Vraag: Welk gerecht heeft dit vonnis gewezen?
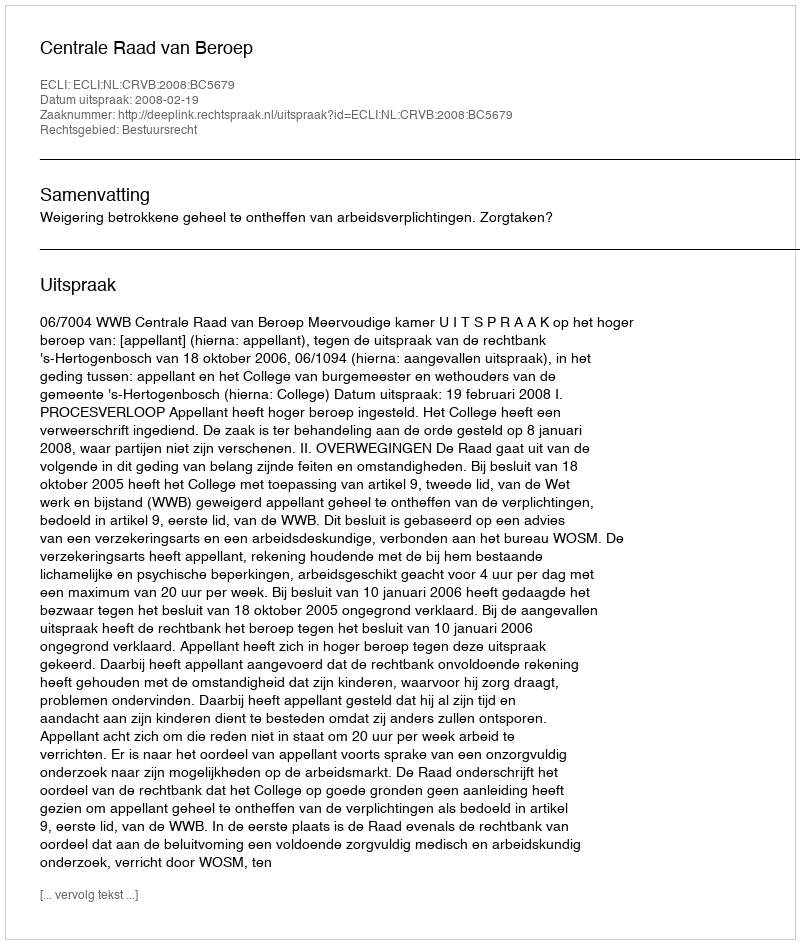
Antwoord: Centrale Raad van Beroep